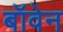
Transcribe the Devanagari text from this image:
बॉवेन